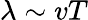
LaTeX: \lambda\sim vT